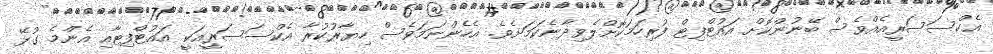
އެކްސަސަރީއެއްވެސް ބޭނުންކޮށް އައުޓްފިޓް ފުރިހަމަކޮށްލެވިދާނެކަމަށެވެ. އެހެންނަމަވެސް ހިޔާރުކުރާ އެކްސަސަރީއަކީ އައުޓްފިޓާއި އެންމެ ގުޅޭ